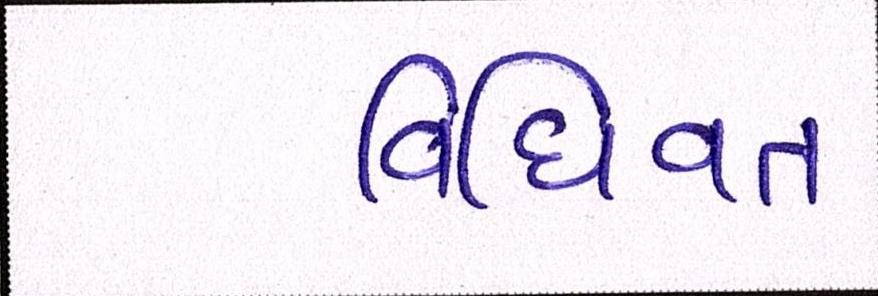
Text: વિધિવત